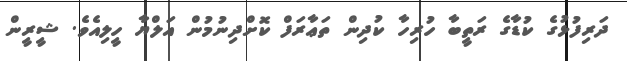
ދަރިފުޅުގެ ކުޑާގެ ރަތީބާ ހުރިހާ ކުދިން ތަޢާރަފް ކޮށްދިނުމުން އަލްޔާ ހީލިއެވެ. ޝީރީން